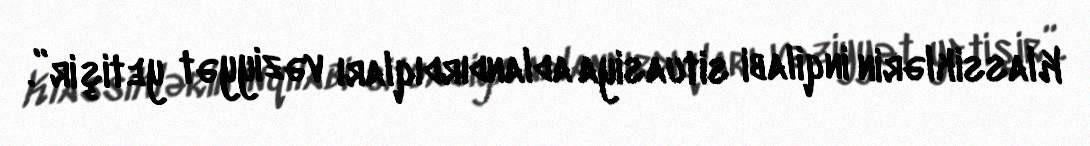
Klassiklərin inqilabi situasiya adlandırdıqları vəziyyət yetişir”.